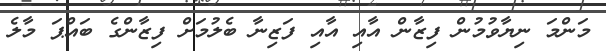
މަންމަ ނިޔާވުމުން ފިޒާން އާއި އާއި ފަޒިނާ ބެލުމަށް ފިޒާންގެ ބައްޕަ މާލެ